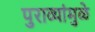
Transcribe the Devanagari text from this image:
पुराव्यांमुळे